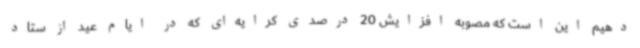
دهیم این است که مصوبه افزایش 20 درصدی کرایه‌ای که در ایام عید از ستاد